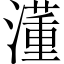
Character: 𣿅